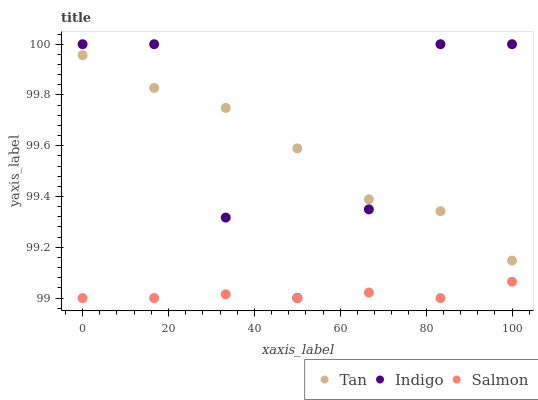
| xaxis_label | Tan | Indigo | Salmon |
 | --- | --- | --- | --- |
 | 0 | 100 | 100 | 99 |
 | 16.7 | 99.8 | 100 | 99 |
 | 33.3 | 99.7 | 99.3 | 99 |
 | 50 | 99.6 | 99 | 99 |
 | 66.7 | 99.4 | 99.3 | 99 |
 | 83.3 | 99.3 | 100 | 99 |
 | 100 | 99.1 | 100 | 99.1 |